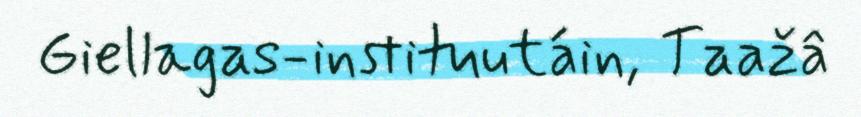
Giellagas-instituutáin, Taažâ